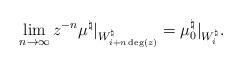
LaTeX: \begin{align*}\lim_{n \to \infty} z^{-n} \mu^\natural|_{W^\natural_{i + n \deg(z)}} = \mu_0^\natural|_{W^\natural_i}.\end{align*}